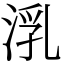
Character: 㳶